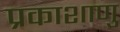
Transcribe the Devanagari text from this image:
प्रकाशाणु